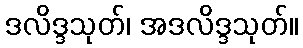
ဒလိဒ္ဒသုတ်၊ အဒလိဒ္ဒသုတ်။